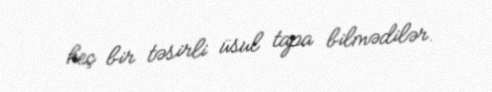
heç bir təsirli üsul tapa bilmədilər.